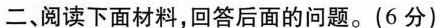
二、阅读下面材料，回答后面的问题。(6分)